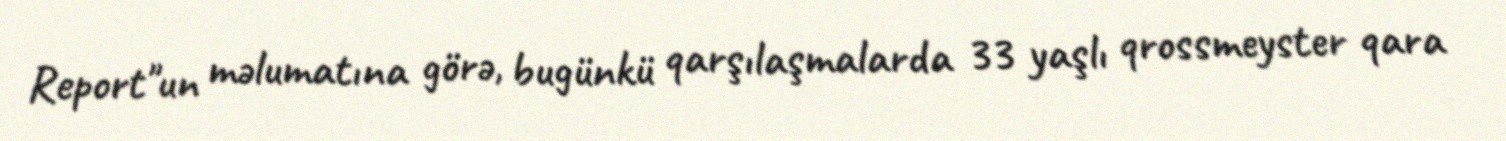
Report"un məlumatına görə, bugünkü qarşılaşmalarda 33 yaşlı qrossmeyster qara